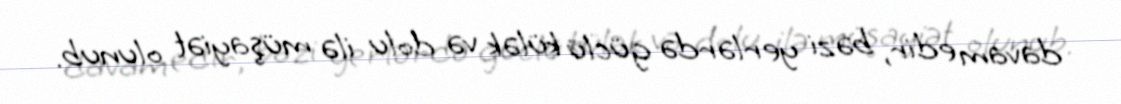
davam edir, bəzi yerlərdə güclü külək və dolu ilə müşayiət olunub.